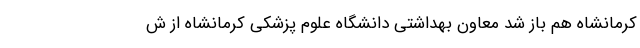
کرمانشاه هم باز شد معاون بهداشتی دانشگاه علوم پزشکی کرمانشاه از ش